Lunatic asylums Punjab 1868-1880 - 1868-1880
Year: 1868
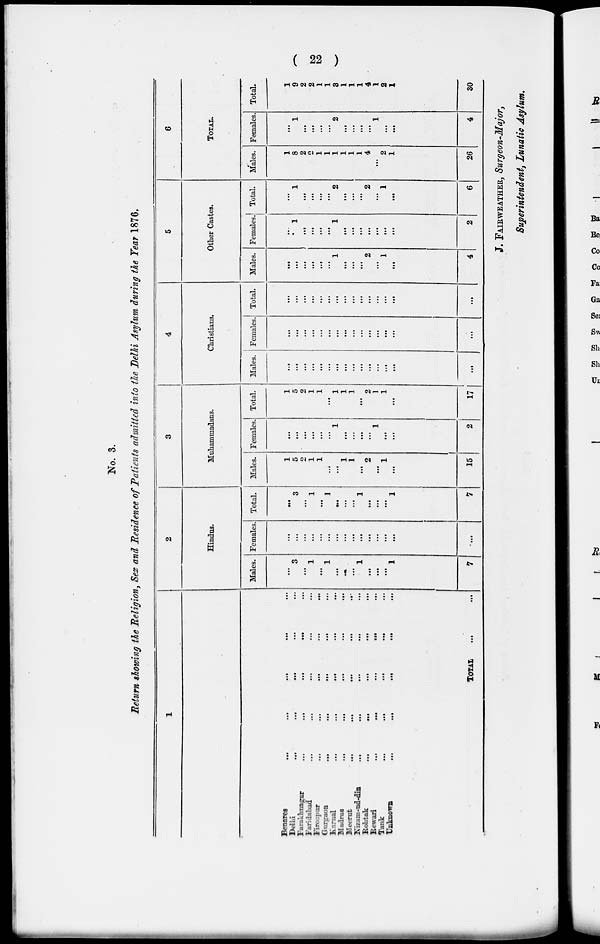
( 22 )
No. 3.
Return showing the Religion, Sex and Residence of Patients admitted into the Delhi Asylum during the Year 1876.
1
Benares
...
...
...
...
...
Delhi
...
...
..
...
...
Farakhnagar
...
...
...
...
Faridabad
...
...
...
Firozpur
...
...
...
...
...
Gurgaon ... ... ... ... ...
Karnal
...
...
...
...
...
Madras ... ... ... ... ...
Meerut
...
...
...
...
...
Nizam-nd-dia
...
...
...
...
...
Rohtak
...
...
...
...
...
Rewari ... ...
Tank
...
...
...
...
...
Unknown ... ... .. .. ...
TOTAL ...
...
2
Hindus.
Males.
...
3
...
1
...
1
...
...
1
...
...
...
1
7
Females.
..
...
...
...
...
...
...
...
...
...
...
...
...
...
Total.
...
3
...
1
...
1
...
...
...
1
...
...
...
1
7
3
Muhammadans.
Males.
1
5
2
1
1
...
...
1
1
...
2
...
1
...
15
Females.
...
...
...
...
...
...
1
...
...
...
...
1
2
Total.
1
5
2
1
1
...
1
1
1
...
2
1
1
...
17
4
Christians.
Males.
...
...
...
...
...
...
...
...
...
...
...
...
...
...
...
Females.
...
...
...
...
...
...
...
...
...
...
...
...
...
...
...
Total.
...
...
...
...
...
...
...
...
...
...
...
...
...
...
...
5
Other Castes.
Males.
...
...
...
...
...
...
1
...
...
...
2
...
1
...
Females.
...
1
...
...
...
...
1
...
...
...
...
...
...
...
2
Total.
...
1
...
...
...
...
2
...
...
...
2
...
1
...
6
6
TOTAL.
Males.
1
8
2
2
...
...
...
...
...
...
4
...
2
1
26
Females.
...
1
...
...
...
...
2
...
...
...
...
1
...
...
4
Total.
1
9
2
2
1
...
3
1
1
1
4
1
2
1
30
J. FAIRWEATHER, Surgeon-Major,
Superintendent, Lunatic Asylum.